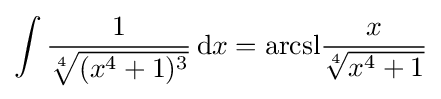
\int {\frac {1}{\sqrt[{4}]{(x^{4}+1)^{3}}}}\,\mathrm {d} x={\operatorname {arcsl} }{\frac {x}{\sqrt[{4}]{x^{4}+1}}}